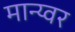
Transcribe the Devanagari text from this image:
मान्य्वर